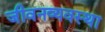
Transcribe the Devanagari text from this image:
जीवनव्यवस्था